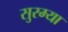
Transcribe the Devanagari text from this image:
सुरम्या